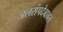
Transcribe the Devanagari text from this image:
जलसंपदेबाबत